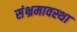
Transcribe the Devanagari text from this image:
संभ्रमावस्था